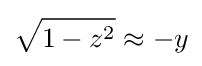
{\sqrt {1-z^{2}}}\approx -y